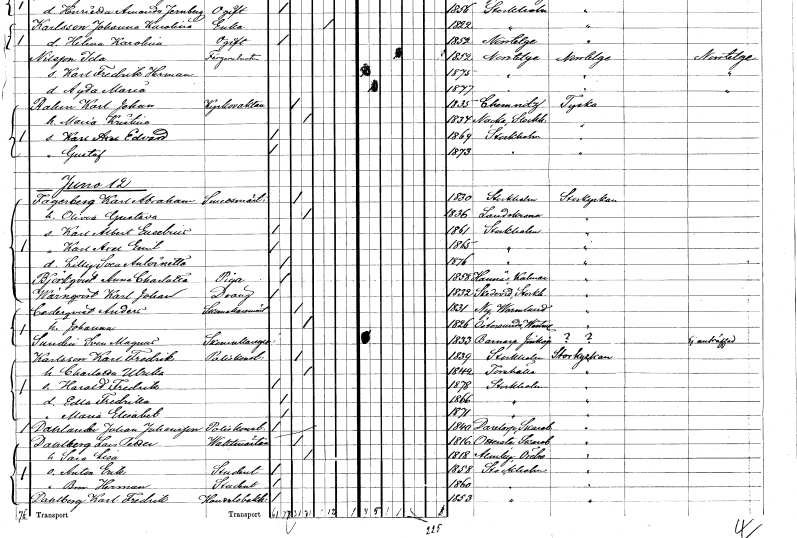
gt_parse: households: individuals: FN: Karl Johan
EN: Rahm
YRKE: Kyrkvakt
KON: M
CIV: G
FODAR: 1835
FN: Maria Kristina
KON: K
CIV: G
FODAR: 1834
FODFORS: Nacka Stockholms län
FN: Karl Axel Edvard
KON: M
CIV: O
FODAR: 1869
FODFORS: Stockholm
FN: Gustaf
KON: M
CIV: O
FODAR: 1873
FODFORS: Stockholm
FN: Karl Abraham
EN: Fagerberg
YRKE: Smedmästare
KON: M
CIV: G
FODAR: 1830
FODFORS: Stockholm
FN: Olivia Gustava
KON: K
CIV: G
FODAR: 1836
FODFORS: Landskrona Malmöhus län
FN: Karl Albert Eusebius
KON: M
CIV: O
FODAR: 1861
FODFORS: Stockholm
FN: Karl Axel Emil
KON: M
CIV: O
FODAR: 1865
FODFORS: Stockholm
FN: Lilly Svea Antoinette
KON: K
CIV: O
FODAR: 1876
FODFORS: Stockholm
FN: Anna Charlotta
EN: Björkqvist
YRKE: Piga
KON: K
CIV: O
FODAR: 1858
FODFORS: Hannäs Östergötlands län
FN: Karl Johan
EN: Wärnqvist
YRKE: Dräng
KON: M
CIV: O
FODAR: 1832
FODFORS: Skederid Stockholms län
FN: Anders
EN: Cederqvist
YRKE: Skomakarmäster
KON: M
CIV: G
FODAR: 1831
FODFORS: Ny Värmlands län
FN: Johanna
KON: K
CIV: G
FODAR: 1826
FODFORS: Österunda Uppsala län
FN: Sven Magnus
EN: Sundin
YRKE: Skomakaregesäll
KON: M
CIV: O
FODAR: 1833
FODFORS: Barnarp Jönköpings län
FN: Karl Fredrik
EN: Karlsson
YRKE: Poliskonstapel
KON: M
CIV: G
FODAR: 1839
FODFORS: Stockholm
FN: Charlotta Ulrika
KON: K
CIV: G
FODAR: 1842
FODFORS: Torshälla Södermanlands län
FN: Harald Fredrik
KON: M
CIV: O
FODAR: 1878
FODFORS: Stockholm
FN: Edla Fredrika
KON: K
CIV: O
FODAR: 1866
FODFORS: Stockholm
FN: Maria Elisabet
KON: K
CIV: O
FODAR: 1871
FODFORS: Stockholm
FN: Johan
EN: Dahlander Johansson
YRKE: Poliskonstapel
KON: M
CIV: O
FODAR: 1840
FODFORS: Daretorp Skaraborgs län
FN: Lars Petter
EN: Dahlberg
YRKE: Vaktmästare
KON: M
CIV: G
FODAR: 1816
FODFORS: Otterstad Skaraborgs län
FN: Sara Lisa
KON: K
CIV: G
FODAR: 1818
FODFORS: Almby Örebro län
FN: Anton Erik
YRKE: Student
KON: M
CIV: O
FODAR: 1858
FODFORS: Stockholm
FN: Bror Herman
YRKE: Student
KON: M
CIV: O
FODAR: 1860
FODFORS: Stockholm
FN: Karl Fredrik
EN: Dahlberg
YRKE: Handelsbokhållare
KON: M
CIV: O
FODAR: 1853
FODFORS: Stockholm